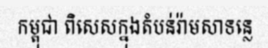
កម្ពុជា ពិសេសក្នុងតំបន់រ៉ាមសាទន្លេ